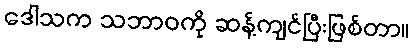
ဒေါသက သဘာဝကို ဆန့်ကျင်ပြီးဖြစ်တာ။